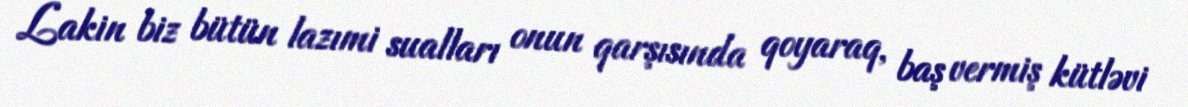
Lakin biz bütün lazımi sualları onun qarşısında qoyaraq, baş vermiş kütləvi